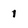
Character: 1